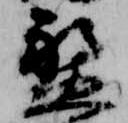
盤